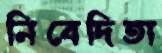
নিবেদিতা